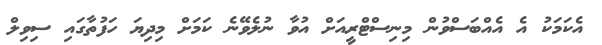
އެކަމަކު އެ އެއްބަސްވުން މިނިސްޓްރީއަށް އުވާ ނުލެވޭނެ ކަމަށް މިދިޔަ ހަފުތާގައި ސިވިލް